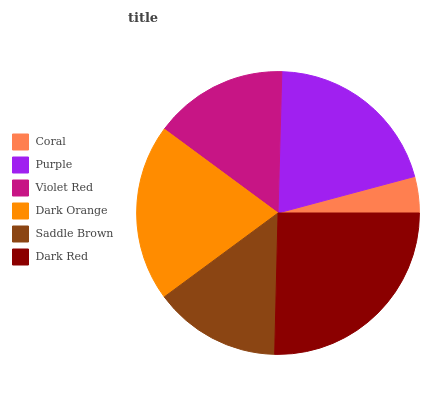
| Coral | Purple | Violet Red | Dark Orange | Saddle Brown | Dark Red |
 | --- | --- | --- | --- | --- | --- |
 | 4.16% | 20.4% | 15.3% | 20.2% | 14.5% | 25.3% |